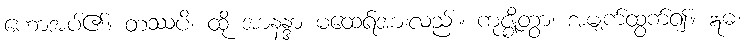
ဟောအပ်၏။ တဿပိ၊ ထို အာနန္ဒာ မထေရ်အားလည်း။ ကုဇ္ဈိတွာ၊ အမျက်ထွက်၍။ ဣဓ၊